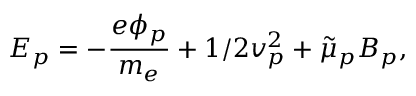
E _ { p } = - \frac { e \phi _ { p } } { m _ { e } } + 1 / 2 v _ { p } ^ { 2 } + \Tilde { \mu } _ { p } B _ { p } ,